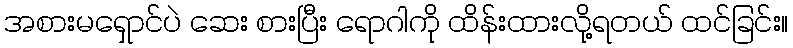
အစားမရှောင်ပဲ ဆေး စားပြီး ရောဂါကို ထိန်းထားလို့ရတယ် ထင်ခြင်း။